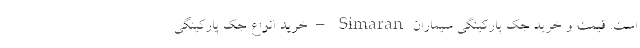
است. قیمت و خرید جک پارکینگی سیماران Simaran – خرید انواع جک پارکینگی